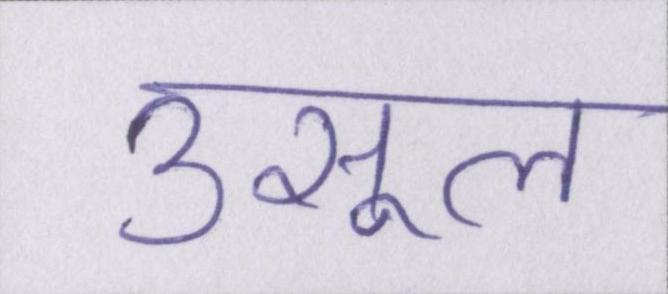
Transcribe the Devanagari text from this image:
उसूल